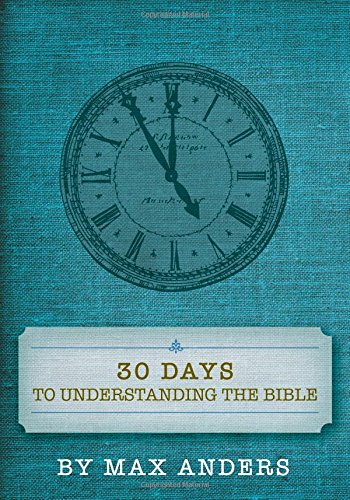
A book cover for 30 Days to Understanding the Bible; Max Anders; Christian Books & Bibles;